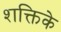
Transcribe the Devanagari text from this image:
शक्तिके